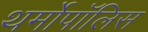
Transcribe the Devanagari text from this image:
थर्मोपॉलिस